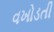
વખોડતી